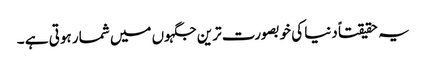
یہ حقیقتاً دنیا کی خوبصورت ترین جگہوں میں شمار ہوتی ہے ۔